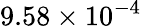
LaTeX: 9.58\times 10^{-4}